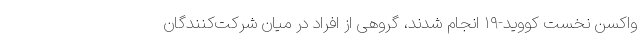
واکسن نخست کووید-۱۹ انجام شدند، گروهی از افراد در میان شرکت‌کنندگان